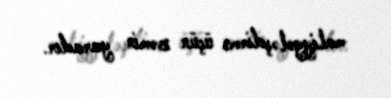
maliyyələşdirmə üçün zəmin yaradır.